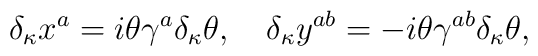
\delta_\kappa x^a=i\theta\gamma^a\delta_\kappa\theta, \quad\delta_\kappa y^{ab}=-i\theta\gamma^{ab}\delta_\kappa\theta,